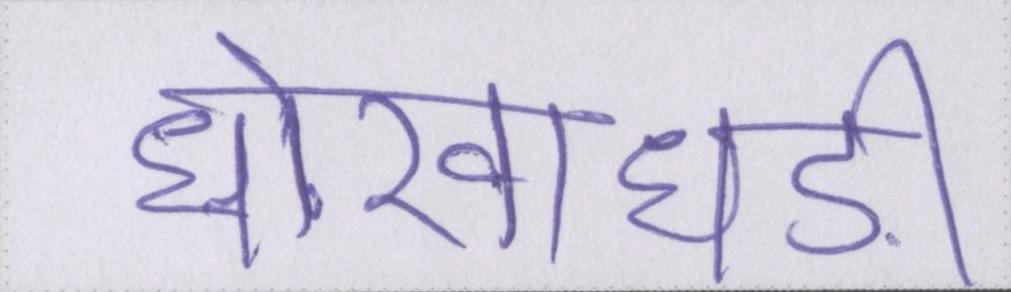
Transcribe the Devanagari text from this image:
धोखाधड़ी